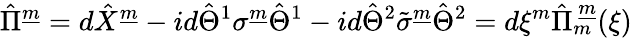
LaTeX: \hat{\Pi}^{\underline{{{m}}}}=d\hat{X}^{\underline{{{m}}}}-id\hat{\Theta}^{1}{\sigma}^{\underline{{{m}}}}\hat{\Theta}^{1}-id\hat{\Theta}^{2}\tilde{\sigma}^{\underline{{{m}}}}\hat{\Theta}^{2}=d\xi^{m}\hat{\Pi}_{m}^{~\underline{{{m}}}}(\xi)